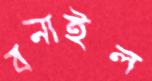
বনাইল